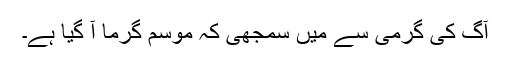
آگ کی گرمی سے میں سمجھی کہ موسم گرما آ گیا ہے۔